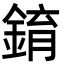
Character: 錥